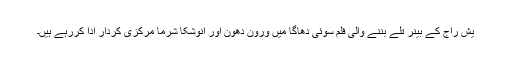
یش راج کے بینر تلے بننے والی فلم سوئی دھاگا میں ورون دھون اور انوشکا شرما مرکزی کردار ادا کررہے ہیں۔